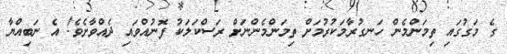
ގެ މަގުގައި ތިމަންމެން ހަނގުރާމަކުރުމަށް ތިމަންމެންނަށް ރަސްކަލަކު ފޮނުއްވައި ދެއްވާށެވެ! އެ ނަބިއްޔާ